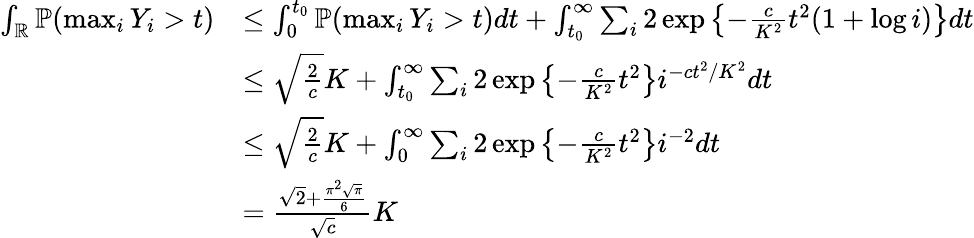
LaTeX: \begin{array}{rl}{\int_{\mathbb{R}}\mathbb{P}(\operatorname*{max}_{i}Y_{i}>t)}&{\le\int_{0}^{t_{0}}\mathbb{P}(\operatorname*{max}_{i}Y_{i}>t)dt+\int_{t_{0}}^{\infty}\sum_{i}2\exp\left\{ -\frac{c}{K^{2}}t^{2}(1+\log i)\right\} dt}\\ &{\le\sqrt{\frac{2}{c}}K+\int_{t_{0}}^{\infty}\sum_{i}2\exp\left\{ -\frac{c}{K^{2}}t^{2}\right\} i^{-ct^{2}/K^{2}}dt}\\ &{\le\sqrt{\frac{2}{c}}K+\int_{0}^{\infty}\sum_{i}2\exp\left\{ -\frac{c}{K^{2}}t^{2}\right\} i^{-2}dt}\\ &{=\frac{\sqrt{2}+\frac{\pi^{2}\sqrt{\pi}}{6}}{\sqrt{c}}K}\end{array}